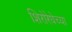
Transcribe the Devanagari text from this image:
शिरोरेघेच्या